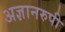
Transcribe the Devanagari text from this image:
अज्ञानरुपी